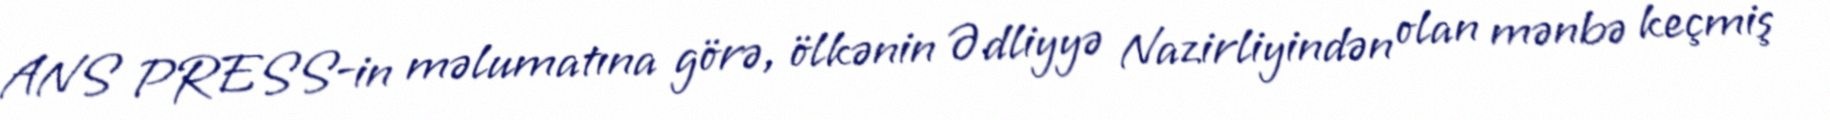
ANS PRESS-in məlumatına görə, ölkənin Ədliyyə Nazirliyindən olan mənbə keçmiş